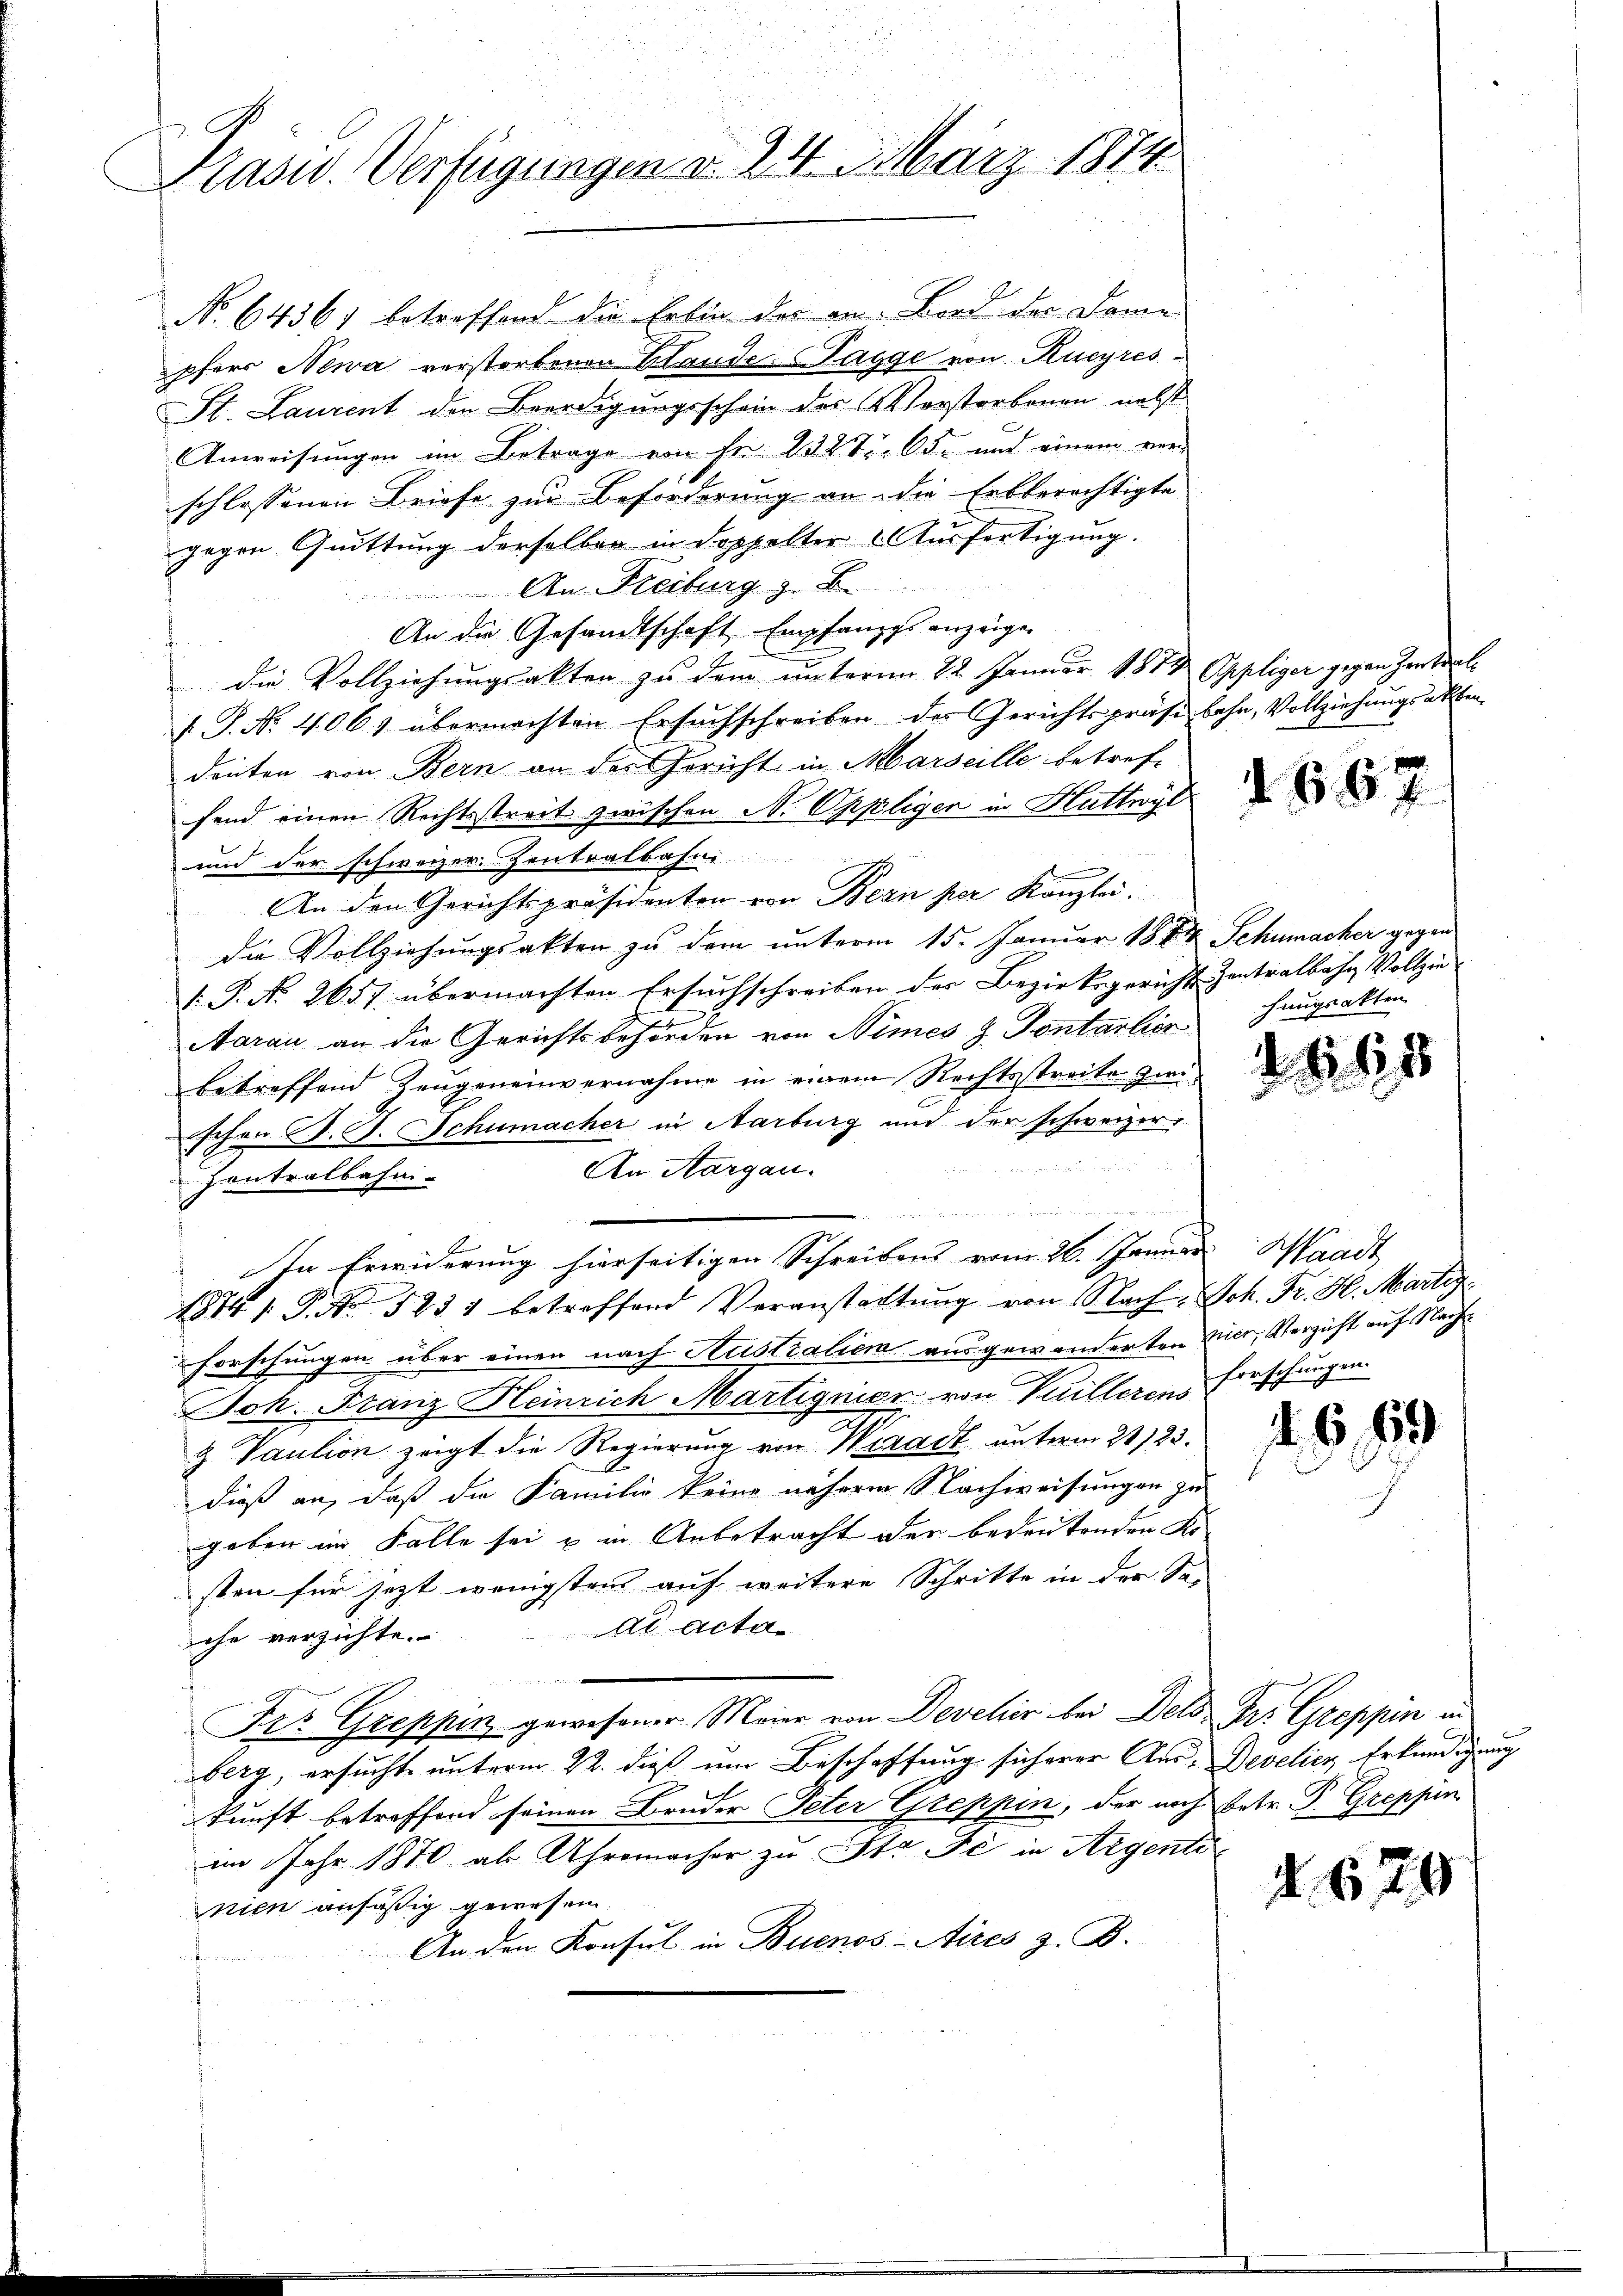
Präsid. Verfügungen d. 24. März 1874

No. 64361 betreffend die Erben der in Bord der Dame
pferr Newa verstorbenen Hande. (Tagge von Kucyres¬
St. Laurent der Beerdigungsschein des Verstorbenen nebst
Anweisungen im Betrage von Fr. 1387. 65. und einem ver-
schlossenen Briefe zur Beförderung an die Erbberechtigte
gegen Quittung derselben in doppelter Ausfertigung.
An Freiburg z. B
An die Gesandtschaft Empfangs anzeigen
die Vollziehungsakten zu dem ŭnterm 22. Januar 1874 Oppliger gegen Zentral
[.P. Nr. 4061 übermachten Ersuchschreiben des Gerichtspräse behn, Vollziehungsakten
douten von Bern an der Gericht in Marseille betref-
send einen Rechtsstreit zwischen N. Oppeligen in Huttwyl
und der schweizer Zentralbahni
An den Gerichtspräsidenten von Bern per Kanzlei.
die Vollziehungsakten zu dem unterm 15. Januar 1844 Schumacher gegen
V. P. No. 2657 übermachten Ersuchschreiben der Bezirksgerichts Zentralbahn Vollzie
Aarau an die Gerichtsbehörden von Nimes z. Pontarlier
betreffend Zeugeneinvernahme in einem Rechtsstreite zwischon d. J. Schumacher in Aarburg und der schweizer-
An Aargau.
Iontralbahni-
n
Ien Erwiderung hierseitigen Schreibens vom 26. Januar Waadt
1874 / P. Nr. 5231 betreffend Veranstattung von Nach Joh. Fr. H. Martig
forschungen über einen nach Australien ausgewanderten Vier, Verzicht auf Nach
—
Joh. Franz Heinrich Martignier von Vuillerens Forschungen
Z. Vaution zeigt die Regierung von Wiradt unterm 21/23.
dieß an, daß die Familie keine näherm Nachweisungen zu
geben im Falle sei u in Anbetracht der bedeutenden Ko
sten für jetzt wenigstens auf weitere Schritte in der Sa-
dd acta
che verzichte.
e
Frr Greppin gewesener Meier von Deveher bei Dels Dr. Greppin in
berg, ersuchte unterm 22. dieß um Beschaffung sicherer Aus-Develich Erkundigung
kunft betreffend seinen Bruder Peter Greppin, der noch betr. P. Greppin
im Jahr 1870 ab Uhrmacher zu St. Je in Argent
nien ansäßig gewesen
An den Konsul in Buenos-Aites z. B.
fer¬

hangsakten

667

G,89

d. 6, 79